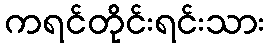
ကရင်တိုင်းရင်းသား